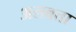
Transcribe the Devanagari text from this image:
अलबता